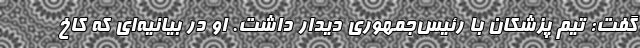
گفت: تیم پزشکان با رئیس‌جمهوری دیدار داشت. او در بیانیه‌ای که کاخ